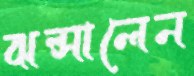
ঝল্‌সালেন